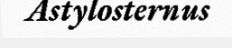
Astylosternus